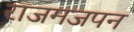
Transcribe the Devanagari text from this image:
राजमजपन